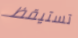
تستيقظ